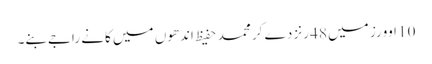
10 اوورز میں 48 رنز دے کر محمد حفیظ اندھوں میں کانے راجےبنے۔